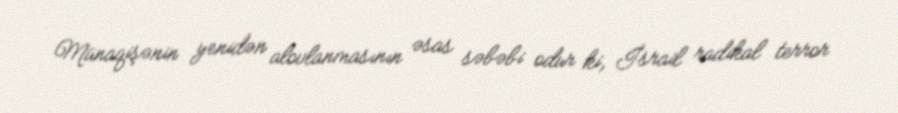
Münaqişənin yenidən alovlanmasının əsas səbəbi odur ki, İsrail radikal terror